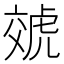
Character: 虠